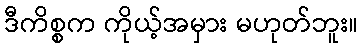
ဒီကိစ္စက ကိုယ့်အမှား မဟုတ်ဘူး။